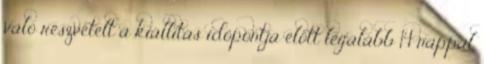
való részvételt a kiállítás időpontja előtt legalább 14 nappal